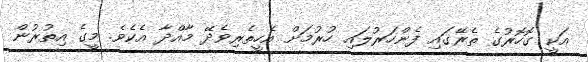
އަކީ ގޮހޮރުގެ ތެރޭގައި ފެންހަރުލައި ހުރުމަށް އެހީތެރިވެދޭ މާއްދާ އެކެވެ. މީގެ އިތުރުން